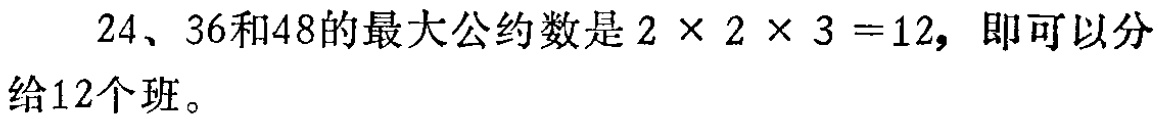
\(24、36和48的最大公约数是2\times 2\times 3 = 12, 即可以分给12个班。\)